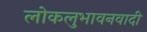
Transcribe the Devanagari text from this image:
लोकलुभावनवादी